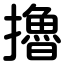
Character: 擼